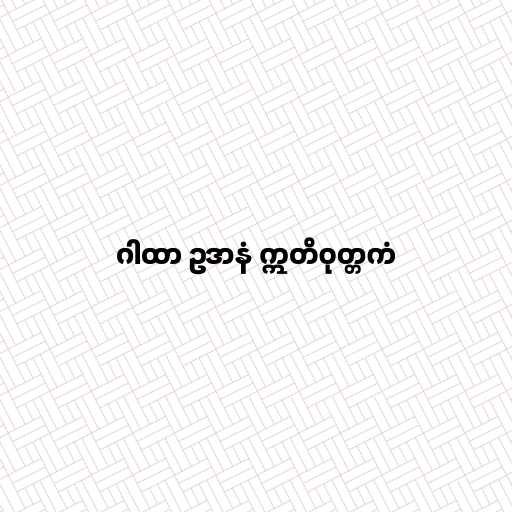
ဂါထာ ဥဒာနံ ဣတိဝုတ္တကံ